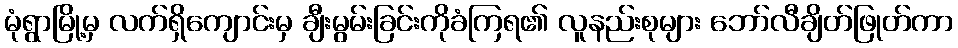
မုံရွာမြို့မှ လက်ရှိကျောင်းမှ ချီးမွမ်းခြင်းကိုခံကြရ၏ လူနည်းစုများ ဘော်လီချိတ်ဖြုတ်ကာ